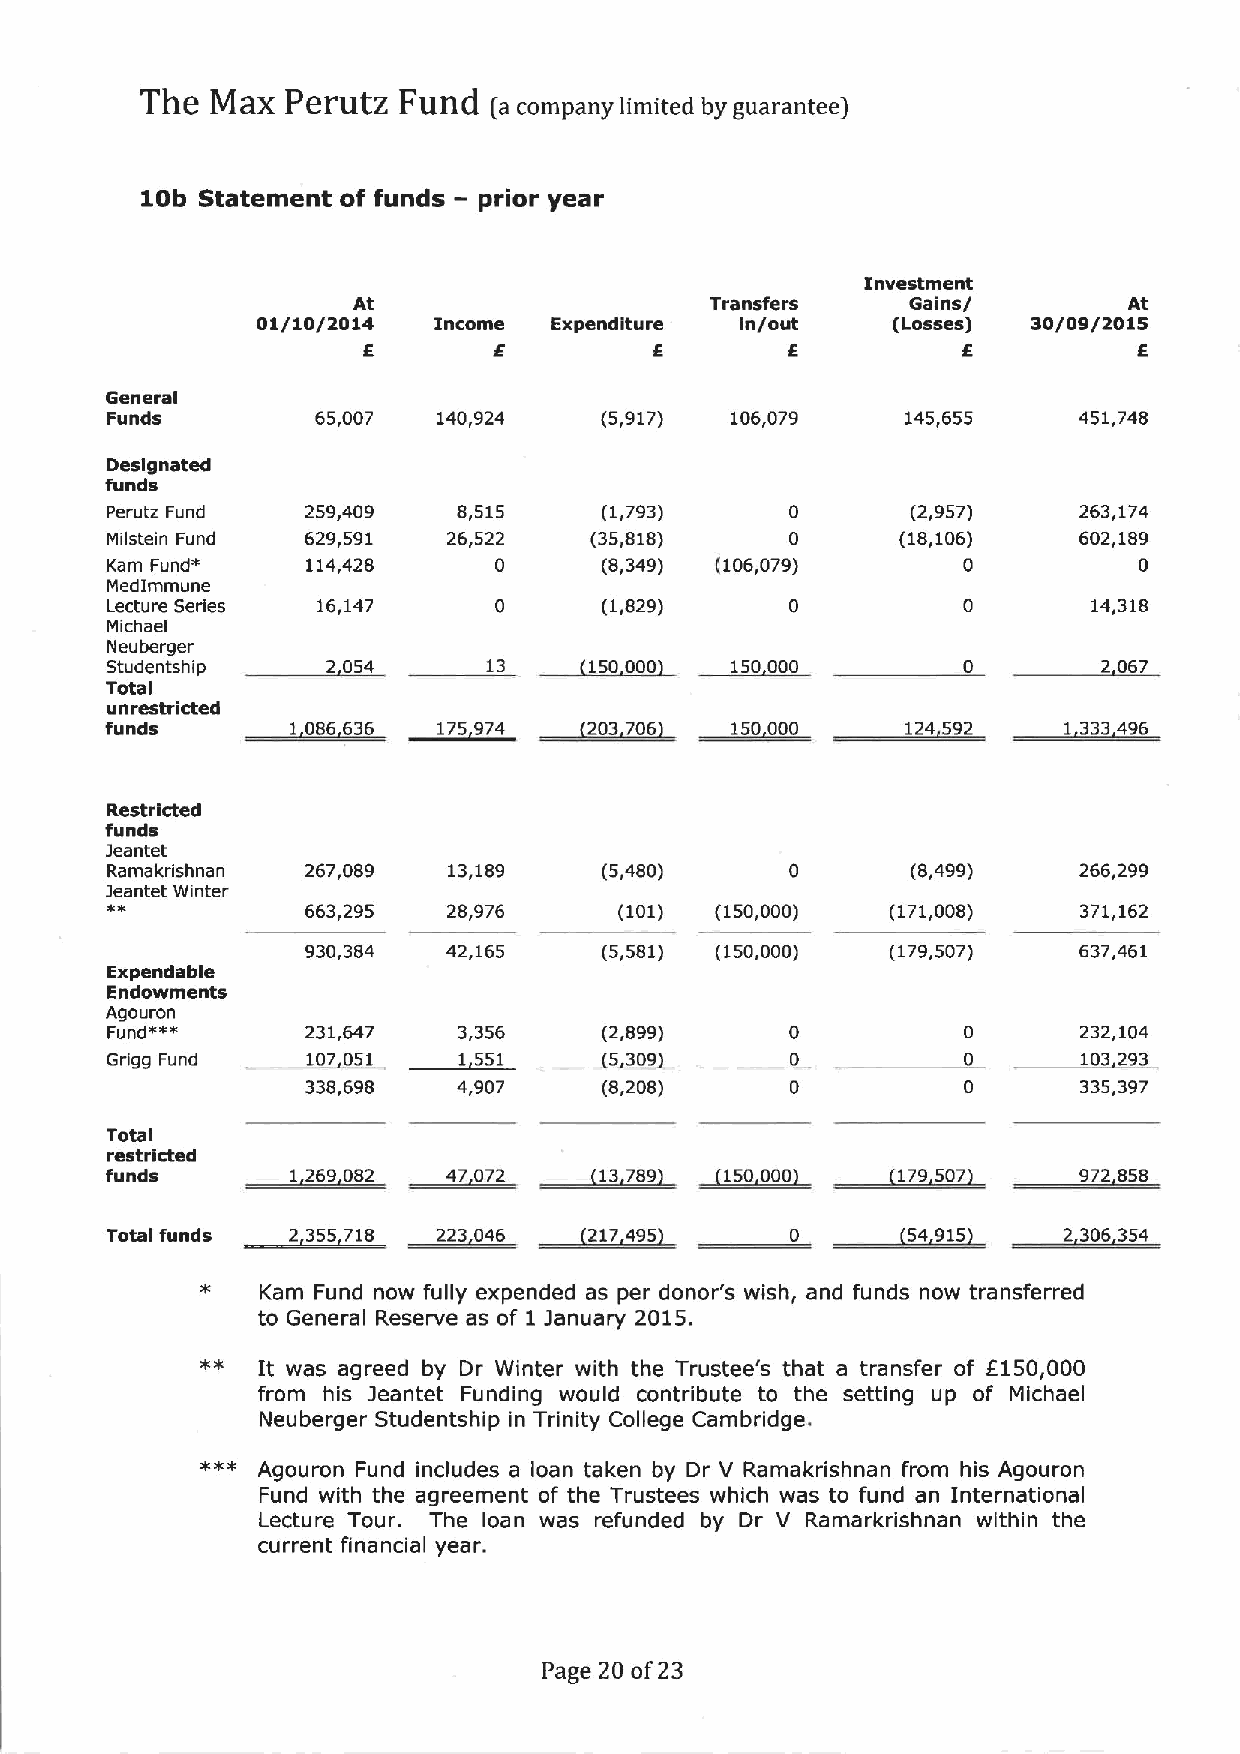
The  MaX  PerutZ Fund  (a company limited by guarantee]
 10b Statement of funds — prior year
 Investment
 At                      Transfers    Gains/         At
 01/10/2014  Income Expenditure  in/out    (Losses) 30/09/2015
 F.       6         F.       E           E          E
 General
 Funds         65,007  140,924    (5,917) 106,079     145,655    451,748
 Designated
 funds
 Perutz Fund  259,409   8,515     (1,793)     0       (2,957)    263,174
 Milstein Fund 629,591  26,522   (35,818)     0       (18,106)   602,189
 Kam Fund*    114,428      0      (8,349) (106,079)       0          0
 Medimmune
 Lecture Series 16,147            (1,829)                         14,318
 Michael
 Neuberger
 Studentship              13     150000   150000                   2 067
 Totai
 unrestricted
 ~203
 funds       1 006 636 175974      706    150000      124 592   1 333496
 Restricted
 funds
 )eantet
 Ramakrishnan 267,089   13,189    (5,480)             (8,499)    266,299
 Jeantet Winter
 663,295   28,976     (101) (150,000)   (171,008)    371,162
 930,384   42,165    (5,581) (150,000)  (179,507)   637,461
 Expendable
 Endowments
 Agouron
 Fundsss      231,647   3,356 ~53(20,8 999)                       232,104
 Grigg Fund   107 051    55                                       103293
 338,698   4,907     (8,208)                         335,397
 ~9
 00»
 Total
 restricted                   ~3709
 »69         0»             ~00                      9»
 funds                                      000                     050
 ~59
 0                                                 5      23063
 Kam Fund now fully expended as per donor's wish, and funds now transferred
 to General Reserve as of 1 January 2015.
 It was agreed by Dr Winter with the Trustee's that a transfer of f150,000
 from his Jeantet Funding would contribute to the setting up of Michael
 Neuberger Studentship in Trinity College Cambridge.
 Agouron Fund includes a loan taken by Dr V Ramakrishnan from his Agouron
 Fund with the agreement of the Trustees which was to fund an International
 Lecture Tour. The loan was refunded by Dr V Ramarkrishnan within the
 current financial year.
 Page 20 of23